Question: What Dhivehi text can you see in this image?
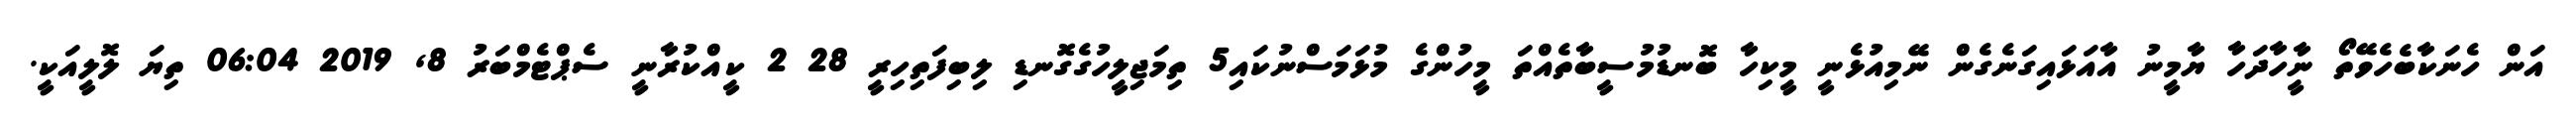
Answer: އަން ހެނަކާބެހެވޭތޯ ނީާހާދަހާ ޔާމީނު އާއަޅައިގަނެގެން ނޭމިއުޅެނީ މީކިހާ ބޮނޑުމުސީބާތެއްތަ މީހުންގެ މުޅަމަސްނުކައި5 ތިމަޖިލީހުގެގޮނޑި ލިބިފަތިހިރީ 28 2 ކީއްކުރާނީ ސެޕްޓެމްބަރު 8, 2019 06:04 ތިޔަ ލޮލީއަކީ.